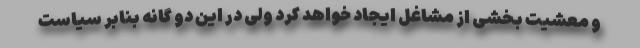
و معشیت بخشی از مشاغل ایجاد خواهد کرد ولی در این دو گانه بنابر سیاست